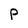
Character: P